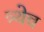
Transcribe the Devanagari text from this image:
त्र्थेच